Scottish Leaving Certificate Examination, 1951
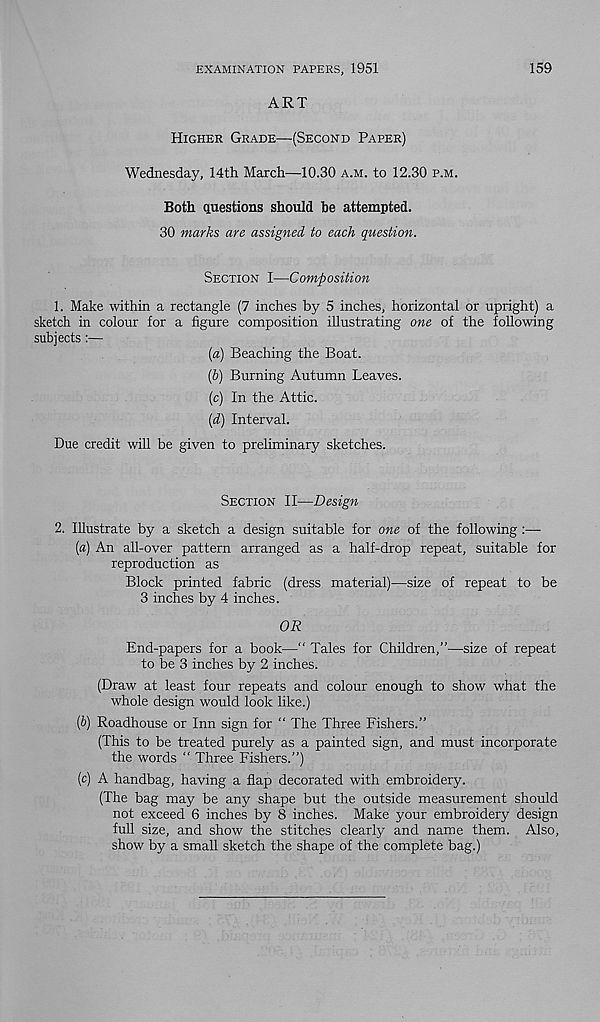
EXAMINATION PAPERS, 1951
159
ART
Higher Grade—(Second Paper)
Wednesday, 14th March—10.30 a.m. to 12.30 p.m.
Both questions should be attempted.
30 marks are assigned to each question.
Section I—Composition
1. Make within a rectangle (7 inches by 5 inches, horizontal or upright) a
sketch in colour for a figure composition illustrating one of the following
subjects:—
{a) Beaching the Boat.
(b) Burning Autumn Leaves.
(c) In the Attic.
(d) Interval.
Due credit will be given to preliminary sketches.
Section II—Design
2. Illustrate by a sketch a design suitable for one of the following :—
(a) An all-over pattern arranged as a half-drop repeat, suitable for
reproduction as
Block printed fabric (dress material)—size of repeat to be
3 inches by 4 inches.
OR
End-papers for a book—“ Tales for Children,”—size of repeat
to be 3 inches by 2 inches.
(Draw at least four repeats and colour enough to show what the
whole design would look like.)
(b) Roadhouse or Inn sign for “ The Three Fishers.”
(This to be treated purely as a painted sign, and must incorporate
the words “ Three Fishers.”)
(c) A handbag, having a flap decorated with embroidery.
(The bag may be any shape but the outside measurement should
not exceed 6 inches by 8 inches. Make your embroidery design
full size, and show the stitches clearly and name them. Also,
show by a small sketch the shape of the complete bag.)